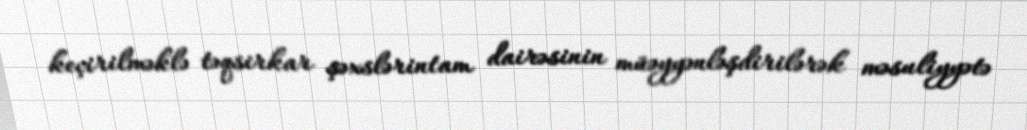
keçirilməklə təqsirkar şəxslərintam dairəsinin müəyyənləşdirilərək məsuliyyətə